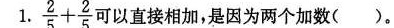
1. \frac{2}{5}+ \frac{2}{5}可以直接相加，是因为两个加数( )